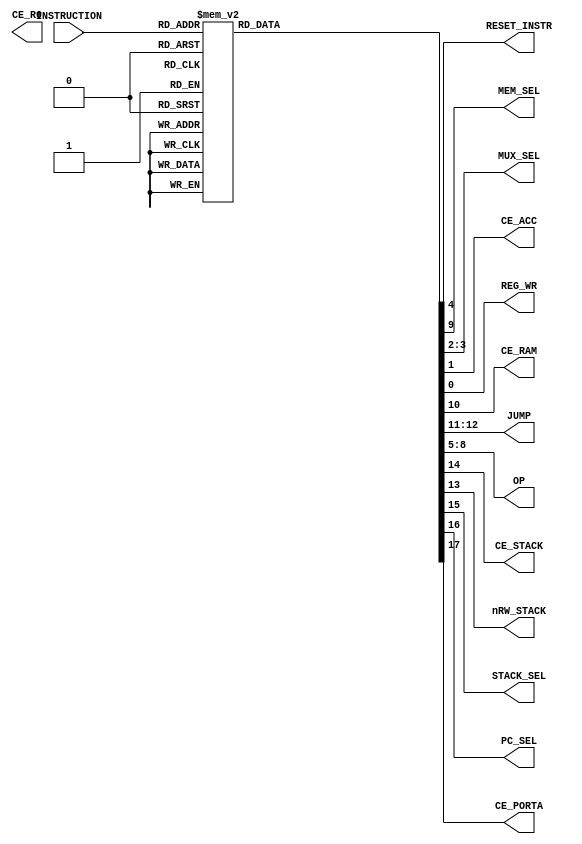
module instruction_decoder(
	input [INSTR_WIDTH-1:0] INSTRUCTION,
	output reg RESET_INSTR,
	output reg MEM_SEL,
	output reg [1:0] MUX_SEL,
	output reg CE_R0,
	output reg CE_ACC,
	output reg REG_WR,
	output reg CE_RAM,
	output reg [1:0] JUMP,
	output reg [OP_WIDTH-1:0] OP,
	output reg CE_STACK,
	output reg nRW_STACK,
	output reg STACK_SEL,
	output reg PC_SEL,
	output reg CE_PORTA
);

parameter INSTR_WIDTH = 5;
parameter OP_WIDTH = 4;

always @(*) begin
	case(INSTRUCTION)
		5'h00: {CE_PORTA, PC_SEL, STACK_SEL, CE_STACK, nRW_STACK, JUMP[1:0], CE_RAM, MEM_SEL, OP[OP_WIDTH-1:0], RESET_INSTR, MUX_SEL[1:0], CE_ACC, REG_WR} <= 18'b000000000101010000; // NOP
		5'h01: {CE_PORTA, PC_SEL, STACK_SEL, CE_STACK, nRW_STACK, JUMP[1:0], CE_RAM, MEM_SEL, OP[OP_WIDTH-1:0], RESET_INSTR, MUX_SEL[1:0], CE_ACC, REG_WR} <= 18'b000000000000010010; // NOT
		5'h02: {CE_PORTA, PC_SEL, STACK_SEL, CE_STACK, nRW_STACK, JUMP[1:0], CE_RAM, MEM_SEL, OP[OP_WIDTH-1:0], RESET_INSTR, MUX_SEL[1:0], CE_ACC, REG_WR} <= 18'b000000000100010010; // DEC
		5'h03: {CE_PORTA, PC_SEL, STACK_SEL, CE_STACK, nRW_STACK, JUMP[1:0], CE_RAM, MEM_SEL, OP[OP_WIDTH-1:0], RESET_INSTR, MUX_SEL[1:0], CE_ACC, REG_WR} <= 18'b000000000100110010; // INC
		5'h04: {CE_PORTA, PC_SEL, STACK_SEL, CE_STACK, nRW_STACK, JUMP[1:0], CE_RAM, MEM_SEL, OP[OP_WIDTH-1:0], RESET_INSTR, MUX_SEL[1:0], CE_ACC, REG_WR} <= 18'b000000000001010010; // OR
		5'h05: {CE_PORTA, PC_SEL, STACK_SEL, CE_STACK, nRW_STACK, JUMP[1:0], CE_RAM, MEM_SEL, OP[OP_WIDTH-1:0], RESET_INSTR, MUX_SEL[1:0], CE_ACC, REG_WR} <= 18'b000000000001110010; // AND
		5'h06: {CE_PORTA, PC_SEL, STACK_SEL, CE_STACK, nRW_STACK, JUMP[1:0], CE_RAM, MEM_SEL, OP[OP_WIDTH-1:0], RESET_INSTR, MUX_SEL[1:0], CE_ACC, REG_WR} <= 18'b000000000110010010; // XOR
		5'h07: {CE_PORTA, PC_SEL, STACK_SEL, CE_STACK, nRW_STACK, JUMP[1:0], CE_RAM, MEM_SEL, OP[OP_WIDTH-1:0], RESET_INSTR, MUX_SEL[1:0], CE_ACC, REG_WR} <= 18'b000000000101000000; // XNOR
		5'h08: {CE_PORTA, PC_SEL, STACK_SEL, CE_STACK, nRW_STACK, JUMP[1:0], CE_RAM, MEM_SEL, OP[OP_WIDTH-1:0], RESET_INSTR, MUX_SEL[1:0], CE_ACC, REG_WR} <= 18'b000000000011110010; // RL
		5'h09: {CE_PORTA, PC_SEL, STACK_SEL, CE_STACK, nRW_STACK, JUMP[1:0], CE_RAM, MEM_SEL, OP[OP_WIDTH-1:0], RESET_INSTR, MUX_SEL[1:0], CE_ACC, REG_WR} <= 18'b000000000011010010; // RR
		5'h0A: {CE_PORTA, PC_SEL, STACK_SEL, CE_STACK, nRW_STACK, JUMP[1:0], CE_RAM, MEM_SEL, OP[OP_WIDTH-1:0], RESET_INSTR, MUX_SEL[1:0], CE_ACC, REG_WR} <= 18'b000000000010110010; // ADD
		5'h0B: {CE_PORTA, PC_SEL, STACK_SEL, CE_STACK, nRW_STACK, JUMP[1:0], CE_RAM, MEM_SEL, OP[OP_WIDTH-1:0], RESET_INSTR, MUX_SEL[1:0], CE_ACC, REG_WR} <= 18'b000000000010010010; // SUB
		5'h0C: {CE_PORTA, PC_SEL, STACK_SEL, CE_STACK, nRW_STACK, JUMP[1:0], CE_RAM, MEM_SEL, OP[OP_WIDTH-1:0], RESET_INSTR, MUX_SEL[1:0], CE_ACC, REG_WR} <= 18'b000000000101000000; // ADDC (N/A)
		5'h0D: {CE_PORTA, PC_SEL, STACK_SEL, CE_STACK, nRW_STACK, JUMP[1:0], CE_RAM, MEM_SEL, OP[OP_WIDTH-1:0], RESET_INSTR, MUX_SEL[1:0], CE_ACC, REG_WR} <= 18'b000000000101000000; // SUBC (N/A)
		5'h0E: {CE_PORTA, PC_SEL, STACK_SEL, CE_STACK, nRW_STACK, JUMP[1:0], CE_RAM, MEM_SEL, OP[OP_WIDTH-1:0], RESET_INSTR, MUX_SEL[1:0], CE_ACC, REG_WR} <= 18'b000000000101000000; // LDIL (N/A)
		5'h0F: {CE_PORTA, PC_SEL, STACK_SEL, CE_STACK, nRW_STACK, JUMP[1:0], CE_RAM, MEM_SEL, OP[OP_WIDTH-1:0], RESET_INSTR, MUX_SEL[1:0], CE_ACC, REG_WR} <= 18'b000000000101010110; // LDI, LDIH (N/A)
		5'h10: {CE_PORTA, PC_SEL, STACK_SEL, CE_STACK, nRW_STACK, JUMP[1:0], CE_RAM, MEM_SEL, OP[OP_WIDTH-1:0], RESET_INSTR, MUX_SEL[1:0], CE_ACC, REG_WR} <= 18'b000000000101110010; // LD R
		5'h11: {CE_PORTA, PC_SEL, STACK_SEL, CE_STACK, nRW_STACK, JUMP[1:0], CE_RAM, MEM_SEL, OP[OP_WIDTH-1:0], RESET_INSTR, MUX_SEL[1:0], CE_ACC, REG_WR} <= 18'b000000000101010001; // ST R
		5'h12: {CE_PORTA, PC_SEL, STACK_SEL, CE_STACK, nRW_STACK, JUMP[1:0], CE_RAM, MEM_SEL, OP[OP_WIDTH-1:0], RESET_INSTR, MUX_SEL[1:0], CE_ACC, REG_WR} <= 18'b000000001101110010; // MOV A,@R
		5'h13: {CE_PORTA, PC_SEL, STACK_SEL, CE_STACK, nRW_STACK, JUMP[1:0], CE_RAM, MEM_SEL, OP[OP_WIDTH-1:0], RESET_INSTR, MUX_SEL[1:0], CE_ACC, REG_WR} <= 18'b000000010101010000; // MOV @R,A
		5'h14: {CE_PORTA, PC_SEL, STACK_SEL, CE_STACK, nRW_STACK, JUMP[1:0], CE_RAM, MEM_SEL, OP[OP_WIDTH-1:0], RESET_INSTR, MUX_SEL[1:0], CE_ACC, REG_WR} <= 18'b000110000101010000; // PUSH
		5'h15: {CE_PORTA, PC_SEL, STACK_SEL, CE_STACK, nRW_STACK, JUMP[1:0], CE_RAM, MEM_SEL, OP[OP_WIDTH-1:0], RESET_INSTR, MUX_SEL[1:0], CE_ACC, REG_WR} <= 18'b000100000101011010; // POP
		5'h16: {CE_PORTA, PC_SEL, STACK_SEL, CE_STACK, nRW_STACK, JUMP[1:0], CE_RAM, MEM_SEL, OP[OP_WIDTH-1:0], RESET_INSTR, MUX_SEL[1:0], CE_ACC, REG_WR} <= 18'b000000000101011110; // READ
		5'h17: {CE_PORTA, PC_SEL, STACK_SEL, CE_STACK, nRW_STACK, JUMP[1:0], CE_RAM, MEM_SEL, OP[OP_WIDTH-1:0], RESET_INSTR, MUX_SEL[1:0], CE_ACC, REG_WR} <= 18'b100000000101010000; // WRITE
		5'h18: {CE_PORTA, PC_SEL, STACK_SEL, CE_STACK, nRW_STACK, JUMP[1:0], CE_RAM, MEM_SEL, OP[OP_WIDTH-1:0], RESET_INSTR, MUX_SEL[1:0], CE_ACC, REG_WR} <= 18'b001111100101010000; // CALL
		5'h19: {CE_PORTA, PC_SEL, STACK_SEL, CE_STACK, nRW_STACK, JUMP[1:0], CE_RAM, MEM_SEL, OP[OP_WIDTH-1:0], RESET_INSTR, MUX_SEL[1:0], CE_ACC, REG_WR} <= 18'b010101100101010000; // RET
		5'h1A: {CE_PORTA, PC_SEL, STACK_SEL, CE_STACK, nRW_STACK, JUMP[1:0], CE_RAM, MEM_SEL, OP[OP_WIDTH-1:0], RESET_INSTR, MUX_SEL[1:0], CE_ACC, REG_WR} <= 18'b000001100101010000; // JMP
		5'h1B: {CE_PORTA, PC_SEL, STACK_SEL, CE_STACK, nRW_STACK, JUMP[1:0], CE_RAM, MEM_SEL, OP[OP_WIDTH-1:0], RESET_INSTR, MUX_SEL[1:0], CE_ACC, REG_WR} <= 18'b000000100101010000; // JZ
		5'h1C: {CE_PORTA, PC_SEL, STACK_SEL, CE_STACK, nRW_STACK, JUMP[1:0], CE_RAM, MEM_SEL, OP[OP_WIDTH-1:0], RESET_INSTR, MUX_SEL[1:0], CE_ACC, REG_WR} <= 18'b000001000101010000; // JNZ
		5'h1D: {CE_PORTA, PC_SEL, STACK_SEL, CE_STACK, nRW_STACK, JUMP[1:0], CE_RAM, MEM_SEL, OP[OP_WIDTH-1:0], RESET_INSTR, MUX_SEL[1:0], CE_ACC, REG_WR} <= 18'b000000000101000000;
		5'h1E: {CE_PORTA, PC_SEL, STACK_SEL, CE_STACK, nRW_STACK, JUMP[1:0], CE_RAM, MEM_SEL, OP[OP_WIDTH-1:0], RESET_INSTR, MUX_SEL[1:0], CE_ACC, REG_WR} <= 18'b000000000101000000;
		5'h1F: {CE_PORTA, PC_SEL, STACK_SEL, CE_STACK, nRW_STACK, JUMP[1:0], CE_RAM, MEM_SEL, OP[OP_WIDTH-1:0], RESET_INSTR, MUX_SEL[1:0], CE_ACC, REG_WR} <= 18'b000000000101000000; // RST
	endcase
end

endmodule